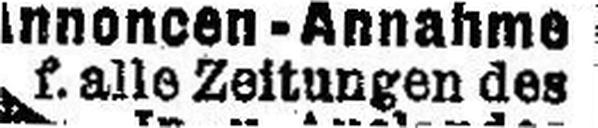
f. alle Zeitungen des